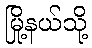
မြို့နယ်သို့